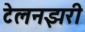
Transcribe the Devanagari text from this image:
टेलनझरी